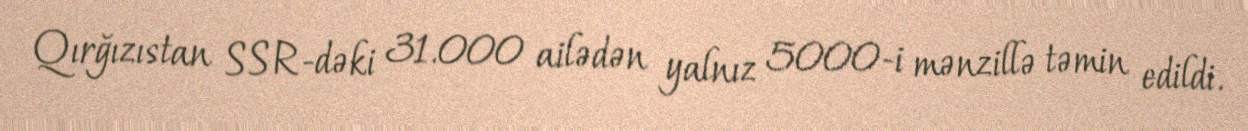
Qırğızıstan SSR-dəki 31.000 ailədən yalnız 5000-i mənzillə təmin edildi.